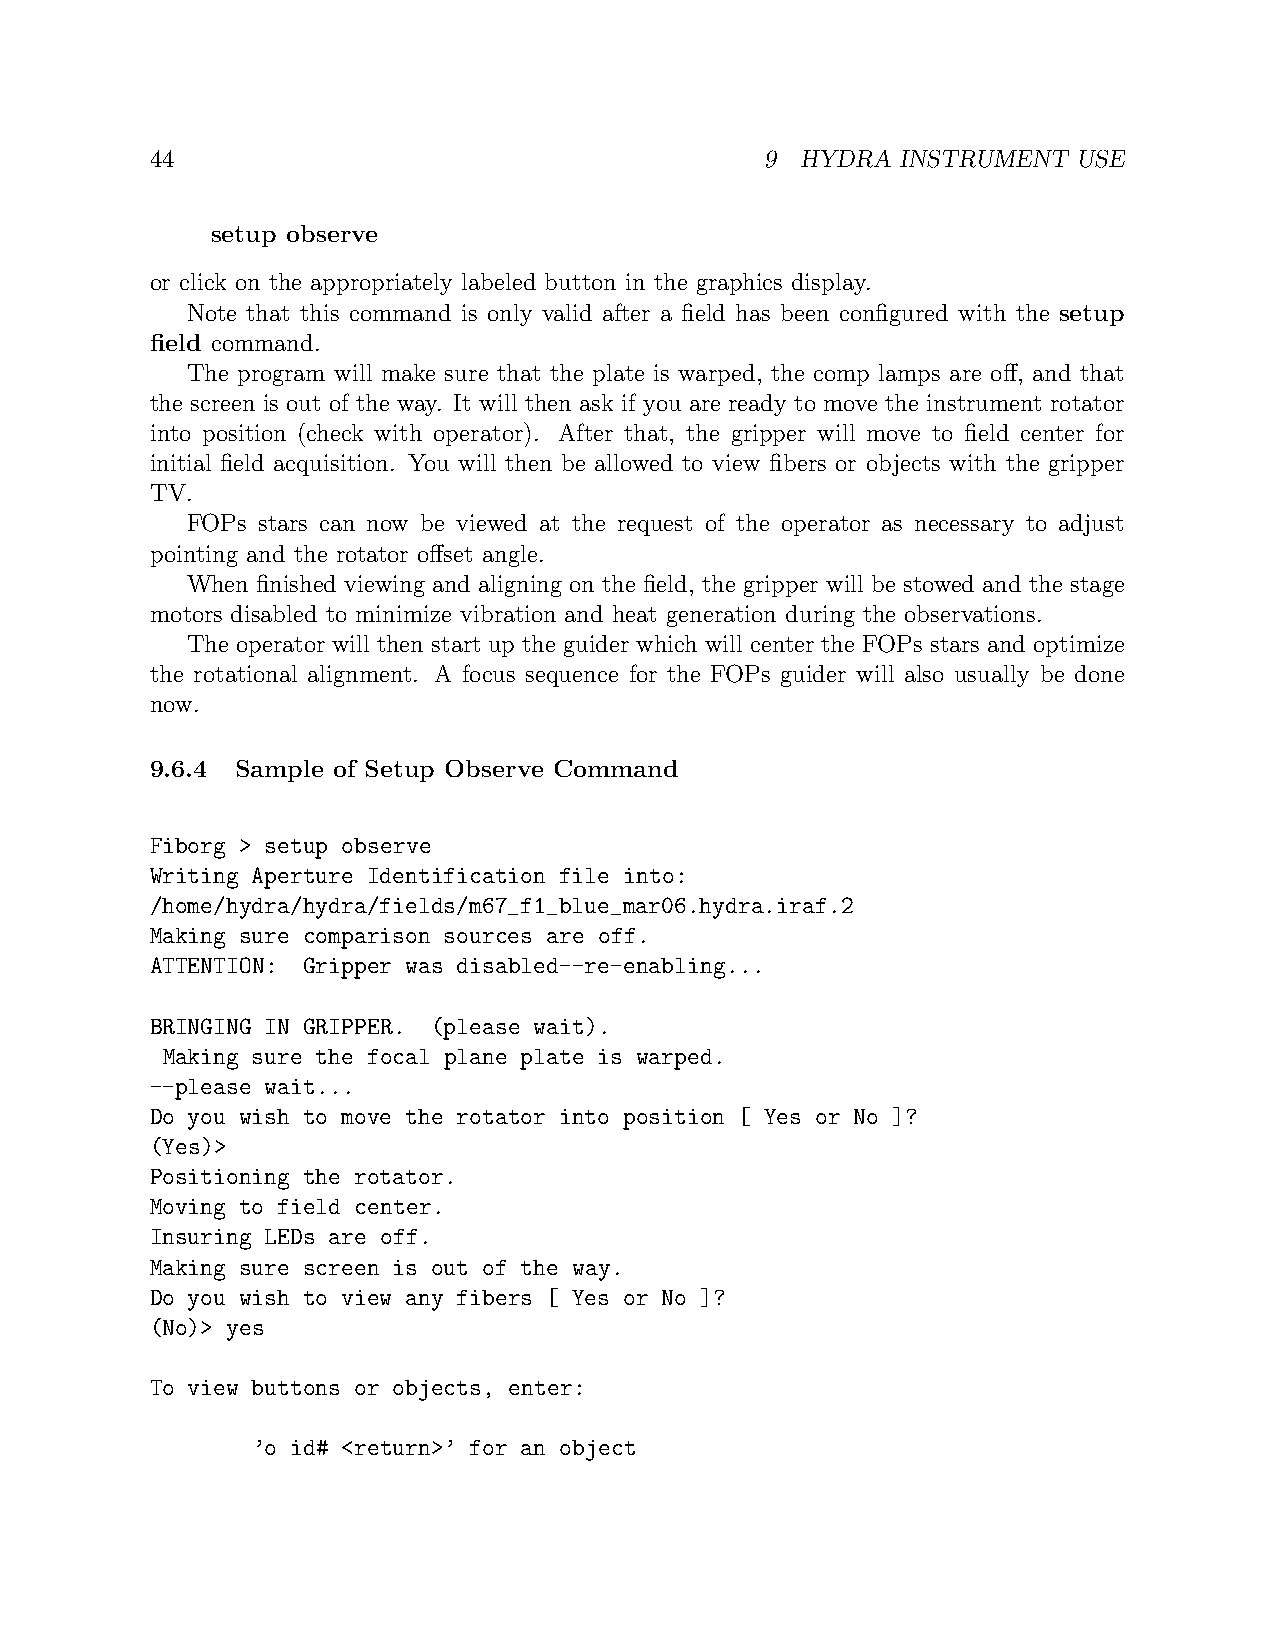
44                                       9 HYDRA  INSTRUMENT USE
 setup observe
 or click on the appropriately labeled button in the graphics display.
 Note that this command is only valid after a field has been configured with the setup
 field command.
 The program will make sure that the plate is warped, the comp lamps are off, and that
 the screen is out of the way. It will then ask if you are ready to move the instrument rotator
 into position (check with operator). After that, the gripper will move to field center for
 initial field acquisition. You will then be allowed to view fibers or objects with the gripper
 TV.
 FOPs stars can now be viewed at the request of the operator as necessary to adjust
 pointing and the rotator offset angle.
 When finished viewing and aligning on the field, the gripper will be stowed and the stage
 motors disabled to minimize vibration and heat generation during the observations.
 The operator will then start up the guider which will center the FOPs stars and optimize
 the rotational alignment. A focus sequence for the FOPs guider will also usually be done
 now.
 9.6.4 Sample of Setup Observe Command
 Fiborg > setup observe
 Writing Aperture Identification file into:
 /home/hydra/hydra/fields/m67_f1_blue_mar06.hydra.iraf.2
 Making sure comparison sources are off.
 ATTENTION: Gripper was disabled--re-enabling...
 BRINGING IN GRIPPER. (please wait).
 Making sure the focal plane plate is warped.
 --please wait...
 Do you wish to move the rotator into position [ Yes or No ]?
 (Yes)>
 Positioning the rotator.
 Moving to field center.
 Insuring LEDs are off.
 Making sure screen is out of the way.
 Do you wish to view any fibers [ Yes or No ]?
 (No)> yes
 To view buttons or objects, enter:
 ’o id# <return>’ for an object